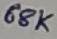
Text: 68K